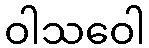
ဝါသဝေါ